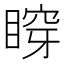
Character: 𥈹